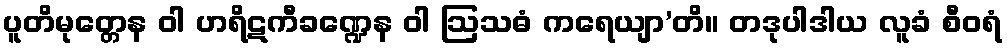
ပူတိမုတ္တေန ဝါ ဟရိဋကီခဏ္ဍေန ဝါ ဩသဓံ ကရေယျာ’တိ။ တဒုပါဒါယ လူခံ စီဝရံ